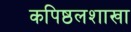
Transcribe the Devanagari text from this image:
कपिष्ठलशाखा